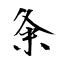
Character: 粂